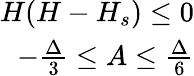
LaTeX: \begin{array}{r}{H(H-H_{s})\le 0}\\ {-\frac{\Delta}{3}\le A\le\frac{\Delta}{6}}\end{array}